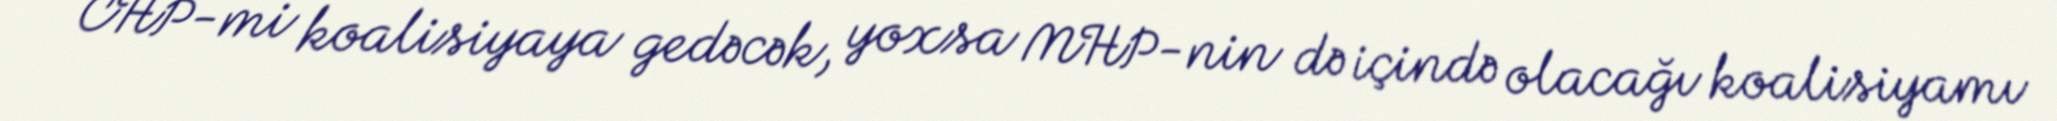
CHP-mi koalisiyaya gedəcək, yoxsa MHP-nin də içində olacağı koalisiyamı